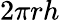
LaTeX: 2\pi rh